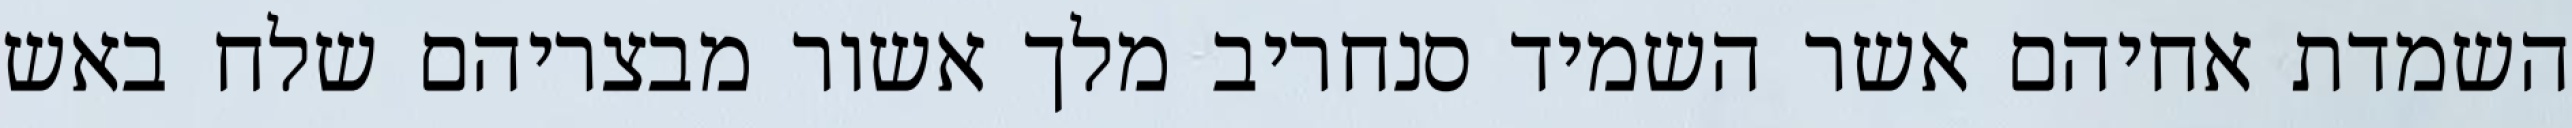
השמדת אחיהם אשר השמיד סנחריב מלך אשור מבצריהם שלח באש